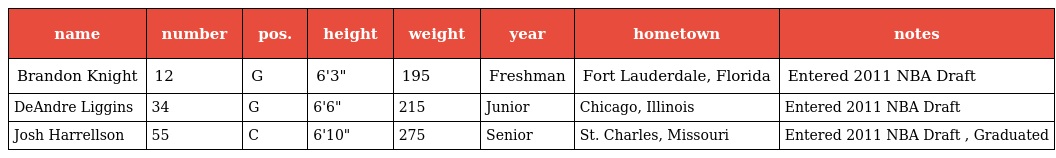
| name | number | pos. | height | weight | year | hometown | notes |
 | --- | --- | --- | --- | --- | --- | --- | --- |
 | Brandon Knight | 12 | G | 6'3" | 195 | Freshman | Fort Lauderdale, Florida | Entered 2011 NBA Draft |
 | DeAndre Liggins | 34 | G | 6'6" | 215 | Junior | Chicago, Illinois | Entered 2011 NBA Draft |
 | Josh Harrellson | 55 | C | 6'10" | 275 | Senior | St. Charles, Missouri | Entered 2011 NBA Draft , Graduated |